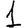
Digit: 1